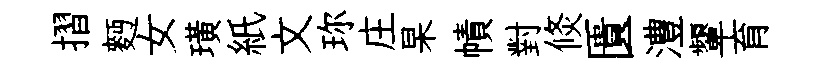
摺麪女璜紙文珎庄杲幘對倐匱澧顰育